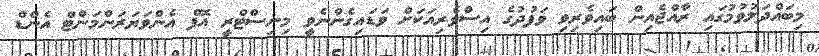
މިބައްދަލުވުމުގައި ރާއްޖެއިން ބައިވެރިވި ވަފުދުގެ އިސްވެރިއަކަށް ވަޑައިގެންނެވީ މިނިސްޓްރީ އޮފް އެންވަޔަރަންމަންޓް އެންޑް